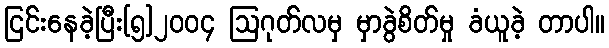
ငြင်းနေခဲ့ပြီး[၅]၂၀၀၄ ဩဂုတ်လမှ မှာခွဲစိတ်မှု ခံယူခဲ့ တာပါ။